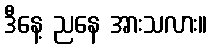
ဒီနေ့ ညနေ အားသလား။